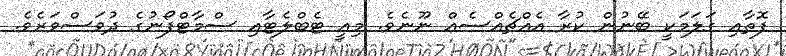
ފޮތާއި ގަލަމަކީ ބޭނުން ކުރާ އެއްޗެއްސެއް ނޫނެވެ. މިއީ ޓެބްލެޓާއި ސްމާޓްފޯނުގެ ދުވަސްވަރެވެ.